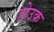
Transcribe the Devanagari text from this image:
होउक